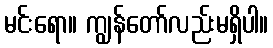
မင်းရော။ ကျွန်တော်လည်းမရှိပါ။